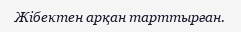
Жібектен арқан тарттырған.